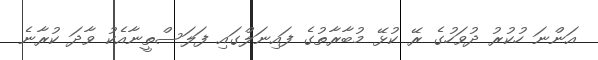
އަންނަ ހުކުރު ދުވަހުގެ ރޭ ކުޅޭ މުބާރާތުގެ ފައިނަލްގައި ފަލަސްތީނާއެކު ވާދަ ކުރާނެ